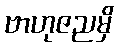
ဗာဟုဇညမှိ